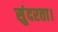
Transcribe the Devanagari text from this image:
सुंदरता।